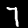
Digit: 7